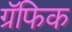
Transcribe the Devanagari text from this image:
ग्रॅफिक